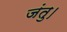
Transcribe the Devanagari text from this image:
जंतु।